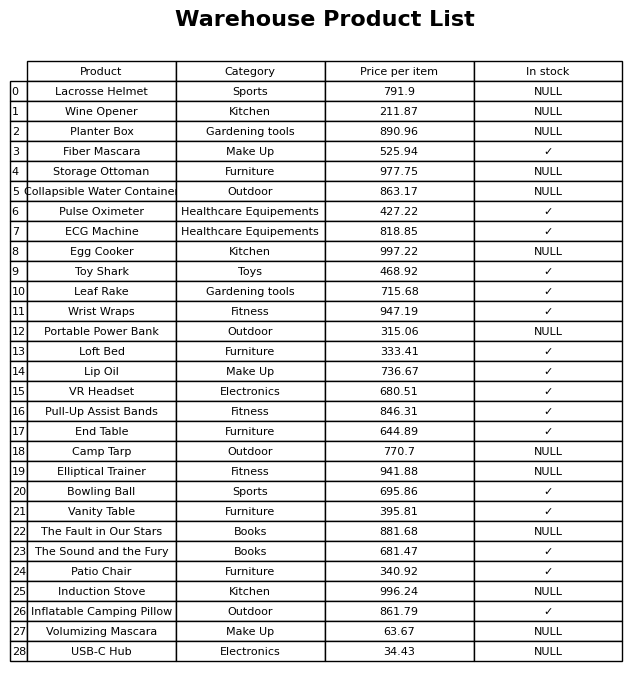
question: What is the price of the USB-C Hub?
answer: The price of USB-C Hub is 34.43.